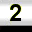
Digit: 2